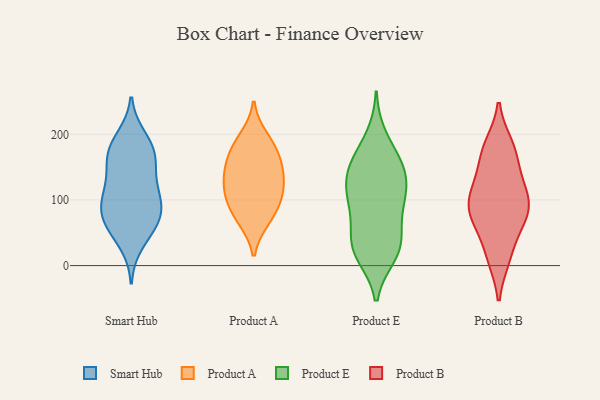
{"axis": {"x": "Bounce Rate (%)", "y": "Value"}, "legend": ["Product A", "Product B", "Product E", "Smart Hub"], "data": [{"x": "", "y": 71, "type": "Smart Hub"}, {"x": "", "y": 110, "type": "Smart Hub"}, {"x": "", "y": 88, "type": "Smart Hub"}, {"x": "", "y": 63, "type": "Smart Hub"}, {"x": "", "y": 159, "type": "Smart Hub"}, {"x": "", "y": 103, "type": "Smart Hub"}, {"x": "", "y": 177, "type": "Smart Hub"}, {"x": "", "y": 119, "type": "Smart Hub"}, {"x": "", "y": 103, "type": "Smart Hub"}, {"x": "", "y": 34, "type": "Smart Hub"}, {"x": "", "y": 184, "type": "Smart Hub"}, {"x": "", "y": 68, "type": "Smart Hub"}, {"x": "", "y": 160, "type": "Smart Hub"}, {"x": "", "y": 63, "type": "Smart Hub"}, {"x": "", "y": 195, "type": "Smart Hub"}, {"x": "", "y": 157, "type": "Smart Hub"}, {"x": "", "y": 173, "type": "Product A"}, {"x": "", "y": 70, "type": "Product A"}, {"x": "", "y": 74, "type": "Product A"}, {"x": "", "y": 142, "type": "Product A"}, {"x": "", "y": 108, "type": "Product A"}, {"x": "", "y": 137, "type": "Product A"}, {"x": "", "y": 102, "type": "Product A"}, {"x": "", "y": 110, "type": "Product A"}, {"x": "", "y": 178, "type": "Product A"}, {"x": "", "y": 147, "type": "Product A"}, {"x": "", "y": 195, "type": "Product A"}, {"x": "", "y": 26, "type": "Product E"}, {"x": "", "y": 158, "type": "Product E"}, {"x": "", "y": 109, "type": "Product E"}, {"x": "", "y": 114, "type": "Product E"}, {"x": "", "y": 86, "type": "Product E"}, {"x": "", "y": 149, "type": "Product E"}, {"x": "", "y": 28, "type": "Product E"}, {"x": "", "y": 131, "type": "Product E"}, {"x": "", "y": 162, "type": "Product E"}, {"x": "", "y": 148, "type": "Product E"}, {"x": "", "y": 54, "type": "Product E"}, {"x": "", "y": 36, "type": "Product E"}, {"x": "", "y": 109, "type": "Product E"}, {"x": "", "y": 20, "type": "Product E"}, {"x": "", "y": 16, "type": "Product E"}, {"x": "", "y": 196, "type": "Product E"}, {"x": "", "y": 88, "type": "Product E"}, {"x": "", "y": 109, "type": "Product B"}, {"x": "", "y": 171, "type": "Product B"}, {"x": "", "y": 15, "type": "Product B"}, {"x": "", "y": 71, "type": "Product B"}, {"x": "", "y": 68, "type": "Product B"}, {"x": "", "y": 116, "type": "Product B"}, {"x": "", "y": 84, "type": "Product B"}, {"x": "", "y": 13, "type": "Product B"}, {"x": "", "y": 130, "type": "Product B"}, {"x": "", "y": 182, "type": "Product B"}, {"x": "", "y": 172, "type": "Product B"}, {"x": "", "y": 75, "type": "Product B"}, {"x": "", "y": 99, "type": "Product B"}]}